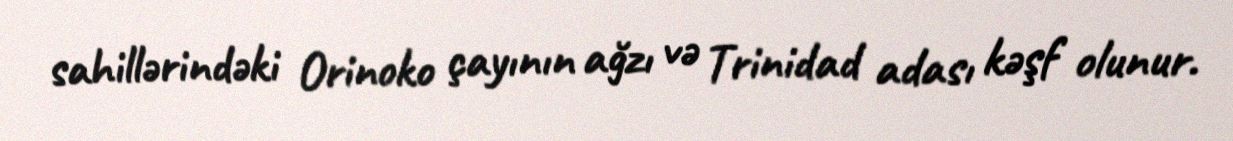
sahillərindəki Orinoko çayının ağzı və Trinidad adası kəşf olunur.